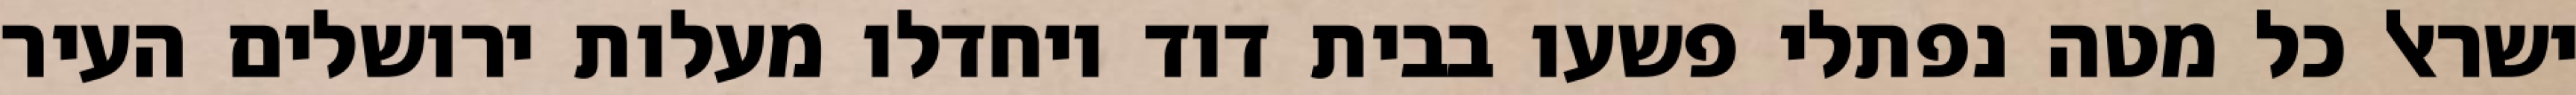
ישראל כל מטה נפתלי פשעו בבית דוד ויחדלו מעלות ירושלים העיר